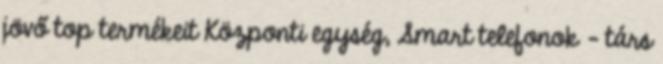
jövő top termékeit Központi egység, Smart telefonok - társ